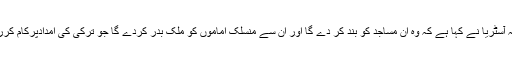
یاد رہیکہ آسٹریا نے کہا ہے کہ وہ ان مساجد کو بند کر دے گا اور ان سے منسلک اماموں کو ملک بدر کردے گا جو ترکی کی امدادپرکام کررہے ہیں۔